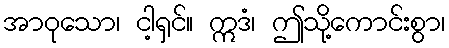
အာဝုသော၊ ငါ့ရှင်။ ဣဒံ၊ ဤသို့ကောင်းစွာ၊